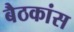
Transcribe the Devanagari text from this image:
बैठकांस